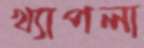
খ্যাপলা